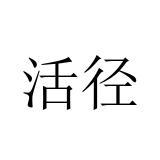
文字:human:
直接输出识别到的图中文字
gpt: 活径